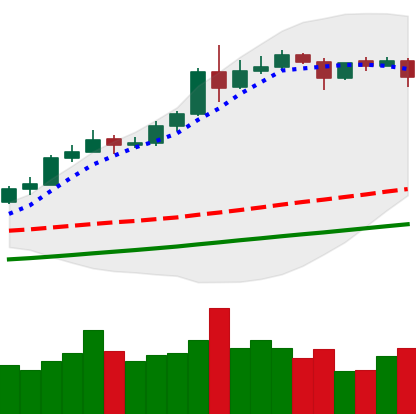
Ticker: ETH-USD
Chart end date: 2020-08-11
Forward return: 14.039%
Label: up_7plus